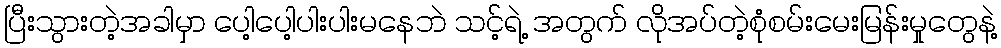
ပြီးသွားတဲ့အခါမှာ ပေါ့ပေါ့ပါးပါးမနေဘဲ သင့်ရဲ့ အတွက် လိုအပ်တဲ့စုံစမ်းမေးမြန်းမှုတွေနဲ့